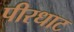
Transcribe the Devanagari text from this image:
पीरधाट